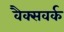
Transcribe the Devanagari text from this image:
वैक्सवर्क